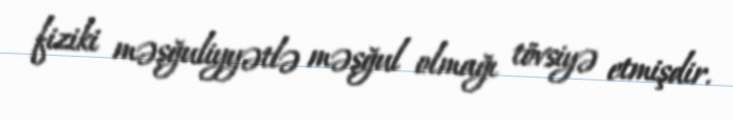
fiziki məşğuliyyətlə məşğul olmağı tövsiyə etmişdir.